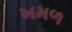
ખમળ